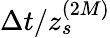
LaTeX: \Delta t/z_{s}^{(2M)}